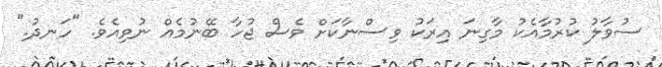
ސުވާލު ކުރުމާއެކު މާގިނަ އިރަކު ވިސްނާކަށް ވެސް ޖުހާ ބޭނުމެއް ނުވިއެވެ. "ހަނދު."